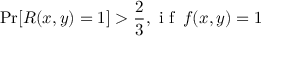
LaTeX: \operatorname* { P r } [ R ( x , y ) = 1 ] > { \frac { 2 } { 3 } } , { \textrm { i f } } \, f ( x , y ) = 1